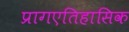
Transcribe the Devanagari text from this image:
प्रागएतिहासिक